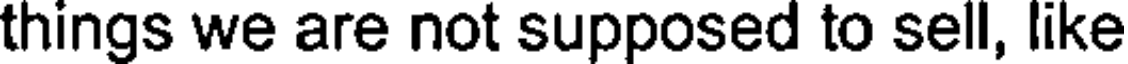
things we are not supposed to sell, like